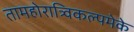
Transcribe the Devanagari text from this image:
तामहोरात्र्विकल्पमेके